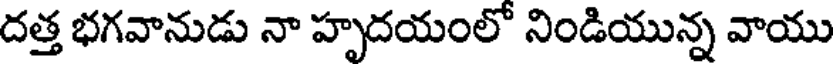
దత్త భగవానుడు నా హృదయంలో నిండియున్న వాయు